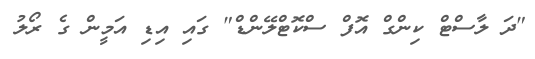
"ދަ ލާސްޓް ކިންގް އޮފް ސްކޮޓްލޭންޑް" ގައި އިޑި އަމީން ގެ ރޯލު